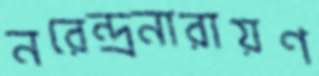
নরেন্দ্রনারায়ণ